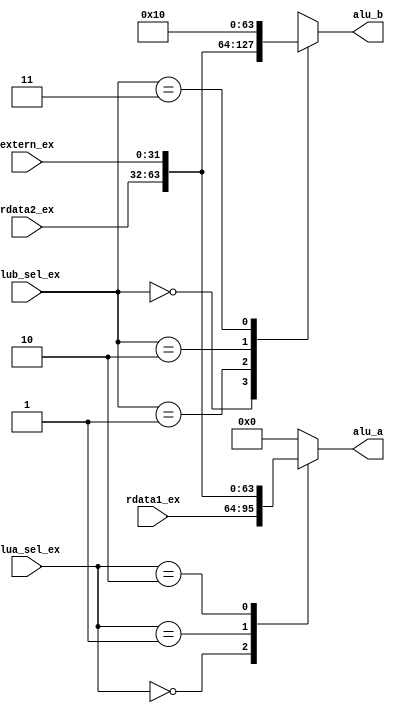
/*
**	
**	ALU
**	
*/
module alu_select(
	input 		[1:0]		alua_sel_ex,	//EXALU
	input 		[1:0]		alub_sel_ex,	//EXALU
	input 		[31:0]		rdata1_ex,		//
	input 		[31:0]		rdata2_ex,		//
	input 		[31:0]		extern_ex,		//
	
	output reg	[31:0]		alu_a,			//ALU
	output reg	[31:0]		alu_b			//ALU
);

	// ALU
	// 
	always @* begin
		case(alua_sel_ex)
			2'b00: begin
				alu_a <= rdata1_ex;
			end // 2'b00:
			2'b01: begin
				alu_a <= rdata2_ex;
			end // 2'b01:
			2'b10: begin
				alu_a <= extern_ex;
			end // 2'b10:
			default: begin
				alu_a <= 32'h0;
			end // default:
		endcase
	end

	// 16lui
	always @* begin
		case(alub_sel_ex)
			2'b00: begin
				alu_b <= rdata2_ex;
			end // 2'b00:
			2'b01: begin
				alu_b <= extern_ex;
			end // 2'b01:
			2'b10: begin
				alu_b <= 32'h0;
			end // 2'b10:
			2'b11: begin
				alu_b <= 32'd16;
			end // 2'b11:
			default: alu_b <= 32'h0;
		endcase
	end
	
endmodule